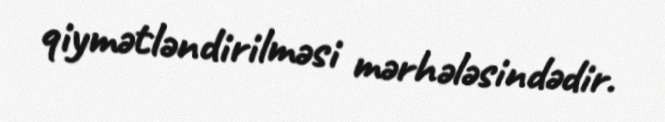
qiymətləndirilməsi mərhələsindədir.